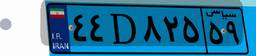
۴۴D۸۲۵۵۹